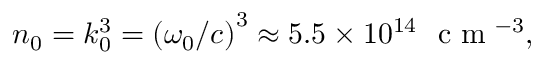
n _ { 0 } = k _ { 0 } ^ { 3 } = \left( \omega _ { 0 } / c \right) ^ { 3 } \approx 5 . 5 \times 1 0 ^ { 1 4 } ~ \mathrm { ~ c ~ m ~ } ^ { - 3 } ,